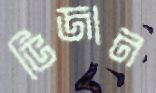
ভিজান